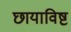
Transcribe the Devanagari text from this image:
छायाविष्ट